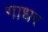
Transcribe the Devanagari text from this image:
गाधर